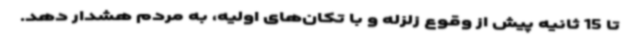
تا 15 ثانیه پیش از وقوع زلزله و با تکان‌های اولیه، به مردم هشدار دهد.